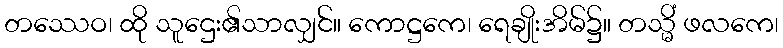
တဿေဝ၊ ထို သူဌေး၏သာလျှင်။ ကောဋ္ဌကေ၊ ရေချိုးအိမ်၌။ တသ္မိံ ဖလကေ၊